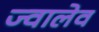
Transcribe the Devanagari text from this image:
ज्वालेव